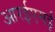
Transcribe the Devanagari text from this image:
आरईएमई